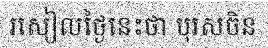
រសៀលថ្ងៃនេះថា បុរសចិន